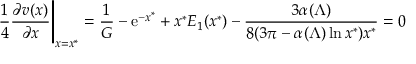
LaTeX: { \frac { 1 } { 4 } } { \frac { \partial v ( x ) } { \partial x } } \Bigg \vert _ { x = x ^ { * } } = { \frac { 1 } { G } } - { \mathrm { e } } ^ { - x ^ { * } } + x ^ { * } E _ { 1 } ( x ^ { * } ) - { \frac { 3 \alpha ( \Lambda ) } { 8 ( 3 \pi - \alpha ( \Lambda ) \ln x ^ { * } ) x ^ { * } } } = 0